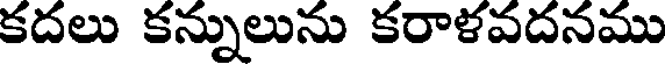
కదలు కన్నులును కరాళవదనము